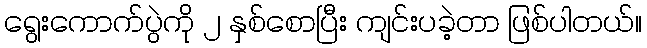
ရွေးကောက်ပွဲကို ၂ နှစ်စောပြီး ကျင်းပခဲ့တာ ဖြစ်ပါတယ်။